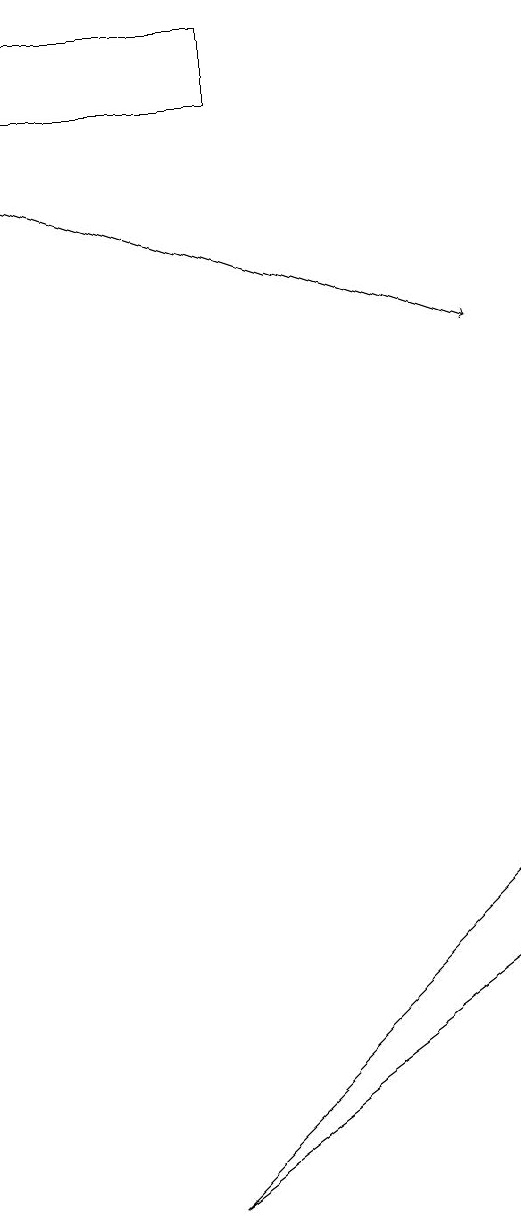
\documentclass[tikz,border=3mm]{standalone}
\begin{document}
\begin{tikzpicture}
\draw[->] (0,15) -- (6,13);
\draw (3,17) rectangle (0,16);
\draw (6,6) -- (2,2) -- (6,5) -- cycle;
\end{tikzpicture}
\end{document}